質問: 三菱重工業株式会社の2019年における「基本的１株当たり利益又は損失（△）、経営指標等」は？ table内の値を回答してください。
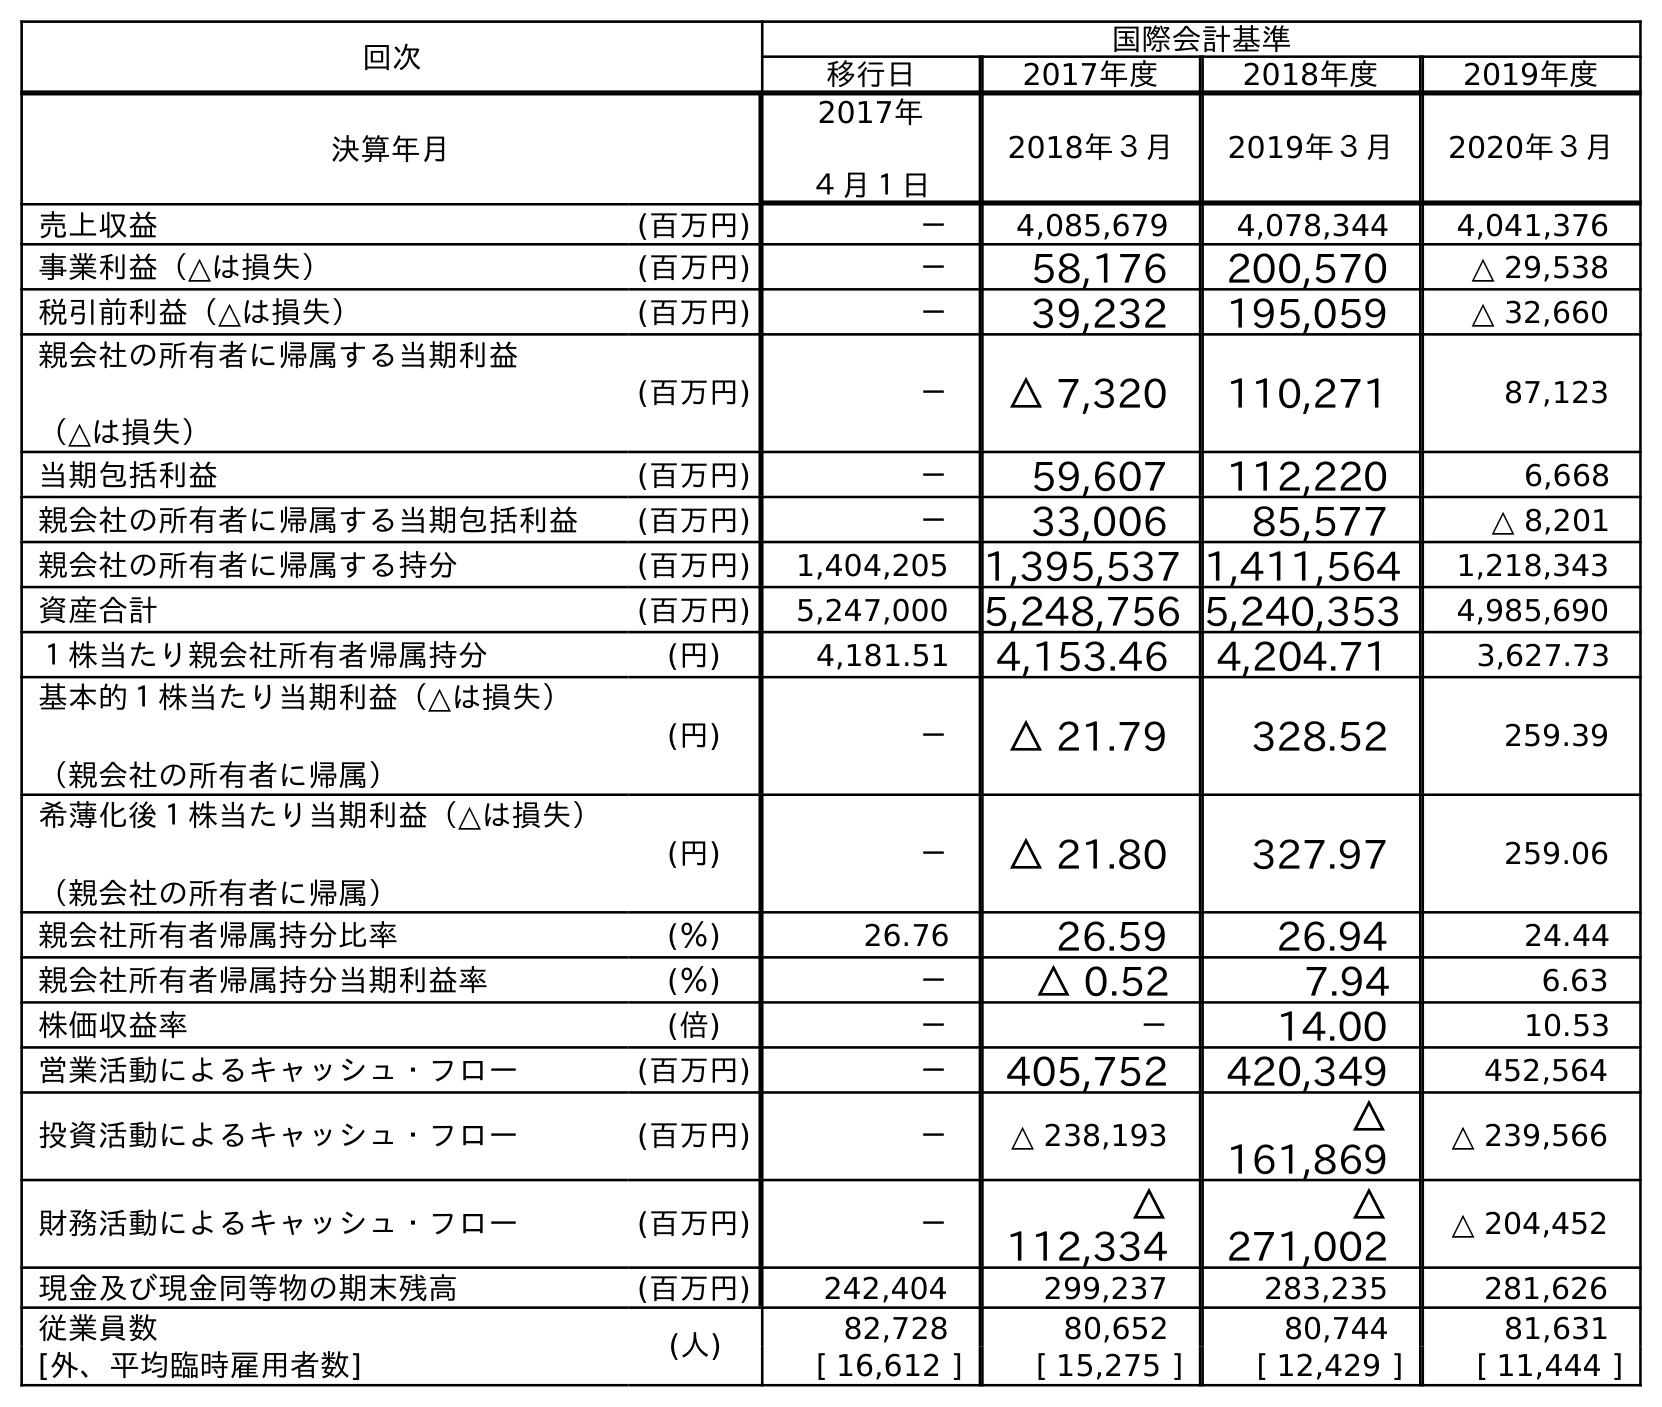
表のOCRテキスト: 回次 国際会計基準 移行日 2017年度 2018年度 2019年度 決算年月 2017年 ４月１日 2018年３月 2019年３月 2020年３月 売上収益 (百万円) － 4,085,679 4,078,344 4,041,376 事業利益（△は損失） (百万円) － 58,176 200,570 △ 29,538 税引前利益（△は損失） (百万円) － 39,232 195,059 △ 32,660 親会社の所有者に帰属する当期利益 （△は損失） (百万円) － △ 7,320 110,271 87,123 当期包括利益 (百万円) － 59,607 112,220 6,668 親会社の所有者に帰属する当期包括利益 (百万円) － 33,006 85,577 △ 8,201 親会社の所有者に帰属する持分 (百万円) 1,404,205 1,395,537 1,411,564 1,218,343 資産合計 (百万円) 5,247,000 5,248,756 5,240,353 4,985,690 １株当たり親会社所有者帰属持分 (円) 4,181.51 4,153.46 4,204.71 3,627.73 基本的１株当たり当期利益（△は損失） （親会社の所有者に帰属） (円) － △ 21.79 328.52 259.39 希薄化後１株当たり当期利益（△は損失） （親会社の所有者に帰属） (円) － △ 21.80 327.97 259.06 親会社所有者帰属持分比率 (％) 26.76 26.59 26.94 24.44 親会社所有者帰属持分当期利益率 (％) － △ 0.52 7.94 6.63 株価収益率 (倍) － － 14.00 10.53 営業活動によるキャッシュ・フロー (百万円) － 405,752 420,349 452,564 投資活動によるキャッシュ・フロー (百万円) － △ 238,193 △ 161,869 △ 239,566 財務活動によるキャッシュ・フロー (百万円) － △ 112,334 △ 271,002 △ 204,452 現金及び現金同等物の期末残高 (百万円) 242,404 299,237 283,235 281,626 従業員数 (人) 82,728 80,652 80,744 81,631 [外、平均臨時雇用者数] [ 16,612 ] [ 15,275 ] [ 12,429 ] [ 11,444 ]
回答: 328.52